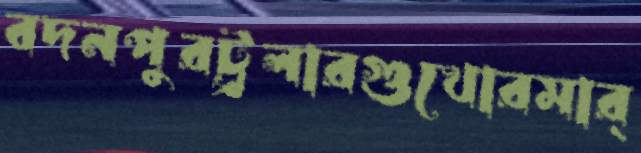
বদনপুরট্র্রলারগুখোরমার্